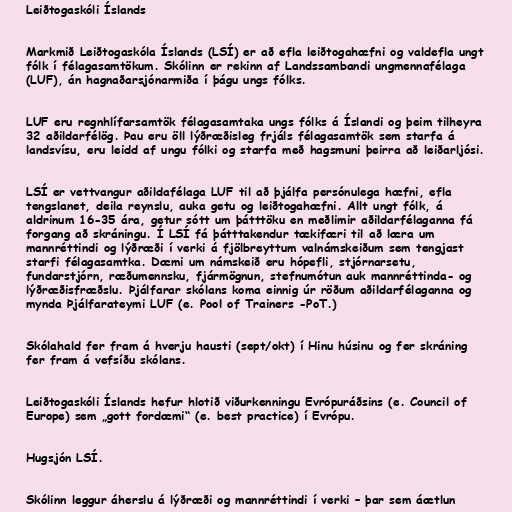
Leiðtogaskóli Íslands

Markmið Leiðtogaskóla Íslands (LSÍ) er að efla leiðtogahæfni og valdefla ungt
fólk í félagasamtökum. Skólinn er rekinn af Landssambandi ungmennafélaga
(LUF), án hagnaðarsjónarmiða í þágu ungs fólks.

LUF eru regnhlífarsamtök félagasamtaka ungs fólks á Íslandi og þeim tilheyra
32 aðildarfélög. Þau eru öll lýðræðisleg frjáls félagasamtök sem starfa á
landsvísu, eru leidd af ungu fólki og starfa með hagsmuni þeirra að leiðarljósi.

LSÍ er vettvangur aðildafélaga LUF til að þjálfa persónulega hæfni, efla
tengslanet, deila reynslu, auka getu og leiðtogahæfni. Allt ungt fólk, á
aldrinum 16-35 ára, getur sótt um þátttöku en meðlimir aðildarfélaganna fá
forgang að skráningu. Í LSÍ fá þátttakendur tækifæri til að læra um
mannréttindi og lýðræði í verki á fjölbreyttum valnámskeiðum sem tengjast
starfi félagasamtka. Dæmi um námskeið eru hópefli, stjórnarsetu,
fundarstjórn, ræðumennsku, fjármögnun, stefnumótun auk mannréttinda- og
lýðræðisfræðslu. Þjálfarar skólans koma einnig úr röðum aðildarfélaganna og
mynda Þjálfarateymi LUF (e. Pool of Trainers -PoT.)

Skólahald fer fram á hverju hausti (sept/okt) í Hinu húsinu og fer skráning
fer fram á vefsíðu skólans.

Leiðtogaskóli Íslands hefur hlotið viðurkenningu Evrópuráðsins (e. Council of
Europe) sem „gott fordæmi“ (e. best practice) í Evrópu.

Hugsjón LSÍ.

Skólinn leggur áherslu á lýðræði og mannréttindi í verki – þar sem áætlun